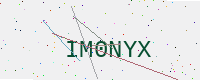
Text: IM0NYX